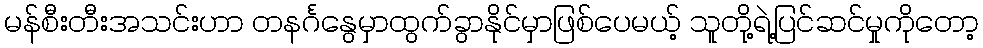
မန်စီးတီးအသင်းဟာ တနင်္ဂနွေမှာထွက်ခွာနိုင်မှာဖြစ်ပေမယ့် သူတို့ရဲ့ပြင်ဆင်မှုကိုတော့